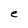
Character: e